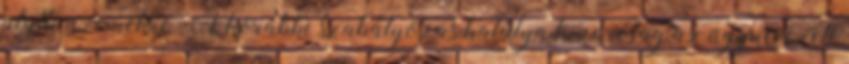
alatti üzemekre. A korábbi szabályozás hatálya kizárólag az úgynevezett